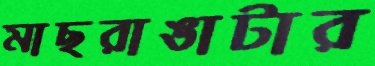
মাছরাঙাটার